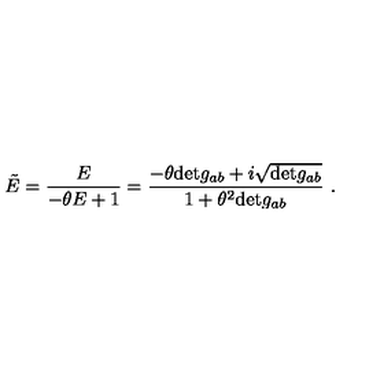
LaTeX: \tilde { E } = \frac { E } { - \theta E + 1 } = \frac { - \theta \mathrm { d e t } g _ { a b } + i \sqrt { \mathrm { d e t } g _ { a b } } } { 1 + \theta ^ { 2 } \mathrm { d e t } g _ { a b } } \ .